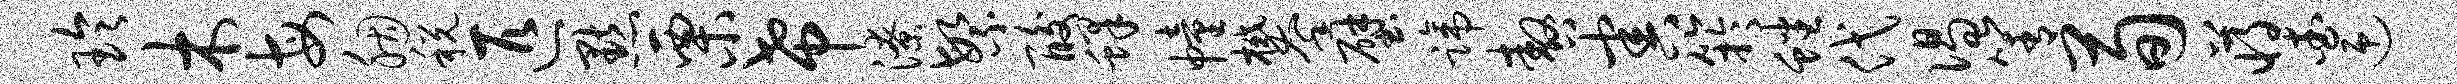
玲木每胭税匹默栗希潦繁酸蜂幢攀壁蹄嗷害竽蟠代偈箐荀蒋查迎